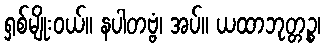
ရှစ်မျိုးဝယ်။ နပါတဗ္ဗံ၊ အပ်။ ယထာဘုတ္တဉ္စ၊